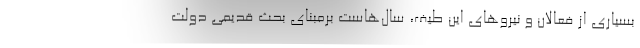
بسیاری از فعالان و نیروهای این طیف، سال‌هاست برمبنای بحث قدیمی دولت